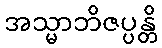
အသ္မာဘိဇပ္ပန္တိ